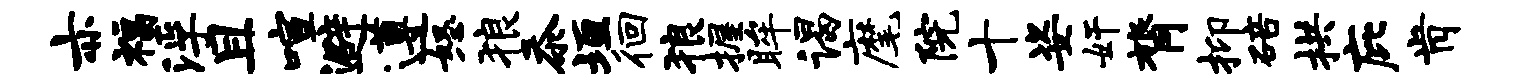
亦福浮且喧避遵怒狼忝垣徊狼握眸谒麾院十姿奸膂抑碚拱庇肯